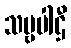
သဗ္ဗပါဌီ